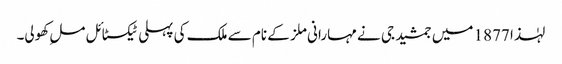
لہٰذا 1877 میں جمشید جی نے مہارانی ملز کے نام سے ملک کی پہلی ٹیکسٹائل ملِ کھولی۔